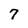
Character: 7